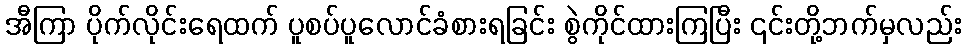
အီကြာ ပိုက်လိုင်းရေထက် ပူစပ်ပူလောင်ခံစားရခြင်း စွဲကိုင်ထားကြပြီး ၎င်းတို့ဘက်မှလည်း